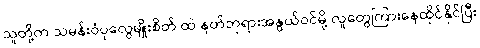
သူတို့က သမန်းဝံပုလွေမျိုးစိတ် ထဲ နတ်ဘုရားအနွယ်ဝင်မို့ လူတွေကြားနေထိုင်နိုင်ပြီး